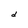
Character: d